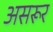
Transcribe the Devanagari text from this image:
असरूर